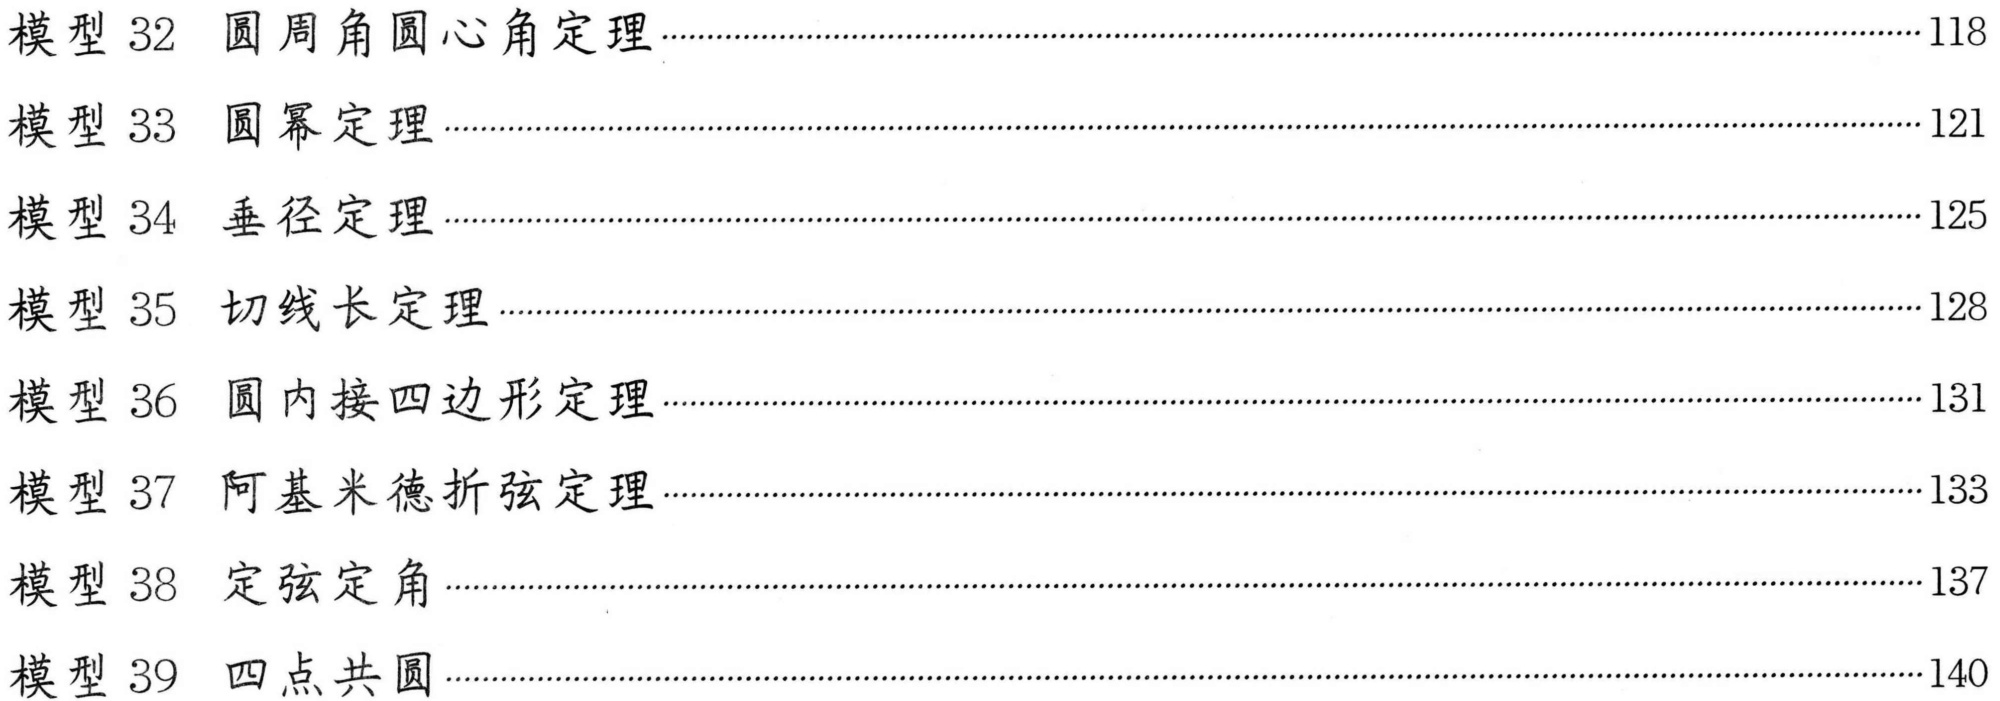
模型 32 圆周角圆心角定理 \hfill 118\\
模型 33 圆幂定理 \hfill 121\\
模型 34 垂径定理 \hfill 125\\
模型 35 切线长定理 \hfill 128\\
模型 36 圆内接四边形定理 \hfill 131\\
模型 37 阿基米德折弦定理 \hfill 133\\
模型 38 定弦定角 \hfill 137\\
模型 39 四点共圆 \hfill 140\\